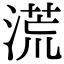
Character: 𣺬